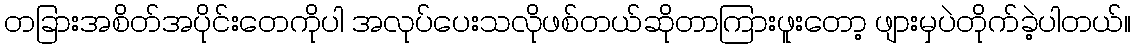
တခြားအစိတ်အပိုင်းတေကိုပါ အလုပ်ပေးသလိုဖစ်တယ်ဆိုတာကြားဖူးတော့ ဖျားမှပဲတိုက်ခဲ့ပါတယ်။